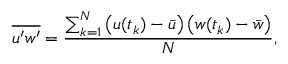
\overline { { u ^ { \prime } w ^ { \prime } } } = \frac { \sum _ { k = 1 } ^ { N } \left( u ( t _ { k } ) - \bar { u } \right) \left( w ( t _ { k } ) - \bar { w } \right) } { N } ,